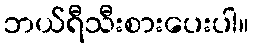
ဘယ်ရီသီးစားပေးပါ။